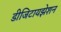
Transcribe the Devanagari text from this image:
डीजिटायझेशन